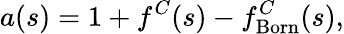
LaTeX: a(s)=1+f^{C}(s)-f_{\mathrm{Born}}^{C}(s),